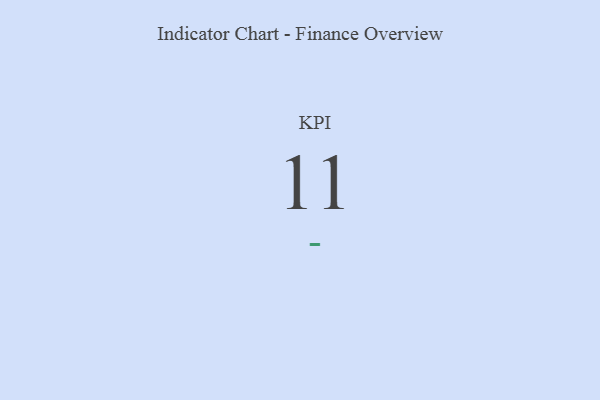
{"axis": {"x": "KPI", "y": "Value"}, "legend": [""], "data": [{"x": "KPI", "y": 11, "type": ""}]}